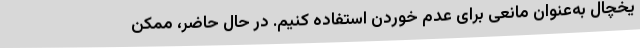
یخچال به‌عنوان مانعی برای عدم خوردن استفاده کنیم. در حال حاضر، ممکن